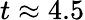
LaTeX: t\approx 4.5